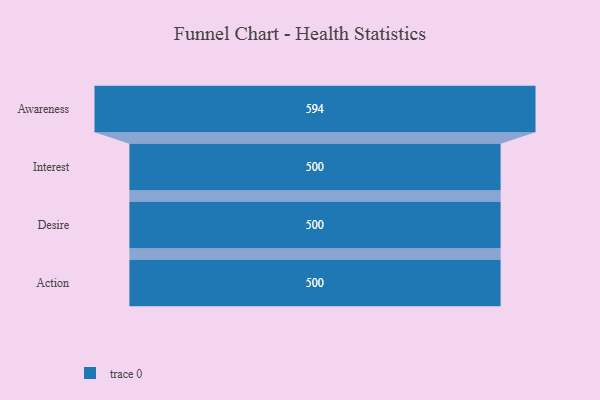
{"axis": {"x": "Stage", "y": "Value"}, "legend": [""], "data": [{"x": "Awareness", "y": 594.0, "type": ""}, {"x": "Interest", "y": 500, "type": ""}, {"x": "Desire", "y": 500, "type": ""}, {"x": "Action", "y": 500, "type": ""}]}